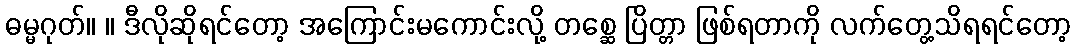
ဓမ္မဂုတ်။ ။ ဒီလိုဆိုရင်တော့ အကြောင်းမကောင်းလို့ တစ္ဆေ ပြိတ္တာ ဖြစ်ရတာကို လက်တွေ့သိရရင်တော့